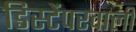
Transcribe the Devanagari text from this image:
डिस्टेंपरवाली